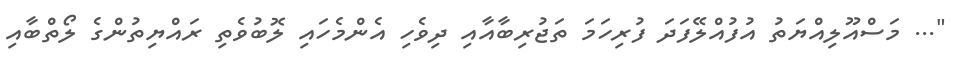
"... މަސްއޫލިއްޔަތު އުފުއްލޭފަދަ ފުރިހަމަ ތަޖުރިބާއާއި ދިވެހި އެންމެހައި ލޮބުވެތި ރައްޔިތުންގެ ލޯތްބާއި